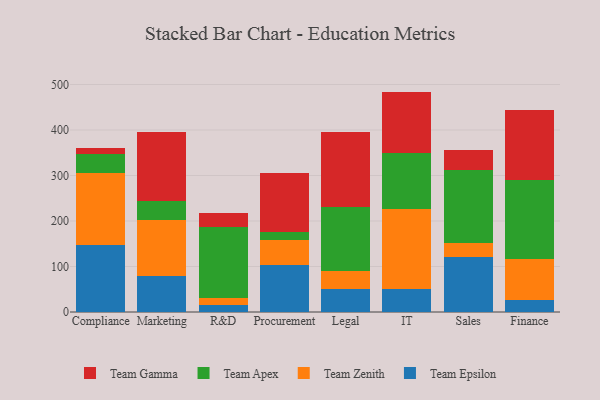
{"axis": {"x": "Department", "y": "Bounce Rate (%)"}, "legend": ["Team Apex", "Team Epsilon", "Team Gamma", "Team Zenith"], "data": [{"x": "Compliance", "y": 146.9, "type": "Team Epsilon"}, {"x": "Compliance", "y": 158.7, "type": "Team Zenith"}, {"x": "Compliance", "y": 40.8, "type": "Team Apex"}, {"x": "Compliance", "y": 13.9, "type": "Team Gamma"}, {"x": "Marketing", "y": 79.3, "type": "Team Epsilon"}, {"x": "Marketing", "y": 122.0, "type": "Team Zenith"}, {"x": "Marketing", "y": 42.8, "type": "Team Apex"}, {"x": "Marketing", "y": 152.2, "type": "Team Gamma"}, {"x": "R&D", "y": 15.1, "type": "Team Epsilon"}, {"x": "R&D", "y": 16.3, "type": "Team Zenith"}, {"x": "R&D", "y": 156.2, "type": "Team Apex"}, {"x": "R&D", "y": 29.7, "type": "Team Gamma"}, {"x": "Procurement", "y": 102.7, "type": "Team Epsilon"}, {"x": "Procurement", "y": 55.4, "type": "Team Zenith"}, {"x": "Procurement", "y": 17.1, "type": "Team Apex"}, {"x": "Procurement", "y": 131.0, "type": "Team Gamma"}, {"x": "Legal", "y": 51.4, "type": "Team Epsilon"}, {"x": "Legal", "y": 38.1, "type": "Team Zenith"}, {"x": "Legal", "y": 141.9, "type": "Team Apex"}, {"x": "Legal", "y": 163.7, "type": "Team Gamma"}, {"x": "IT", "y": 49.9, "type": "Team Epsilon"}, {"x": "IT", "y": 176.5, "type": "Team Zenith"}, {"x": "IT", "y": 122.0, "type": "Team Apex"}, {"x": "IT", "y": 136.0, "type": "Team Gamma"}, {"x": "Sales", "y": 121.1, "type": "Team Epsilon"}, {"x": "Sales", "y": 30.8, "type": "Team Zenith"}, {"x": "Sales", "y": 159.9, "type": "Team Apex"}, {"x": "Sales", "y": 43.6, "type": "Team Gamma"}, {"x": "Finance", "y": 27.4, "type": "Team Epsilon"}, {"x": "Finance", "y": 88.8, "type": "Team Zenith"}, {"x": "Finance", "y": 173.0, "type": "Team Apex"}, {"x": "Finance", "y": 153.9, "type": "Team Gamma"}]}